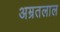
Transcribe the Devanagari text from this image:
अम्रतलाल